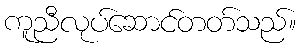
ကူညီလုပ်ဆောင်တတ်သည်။